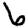
Digit: 6